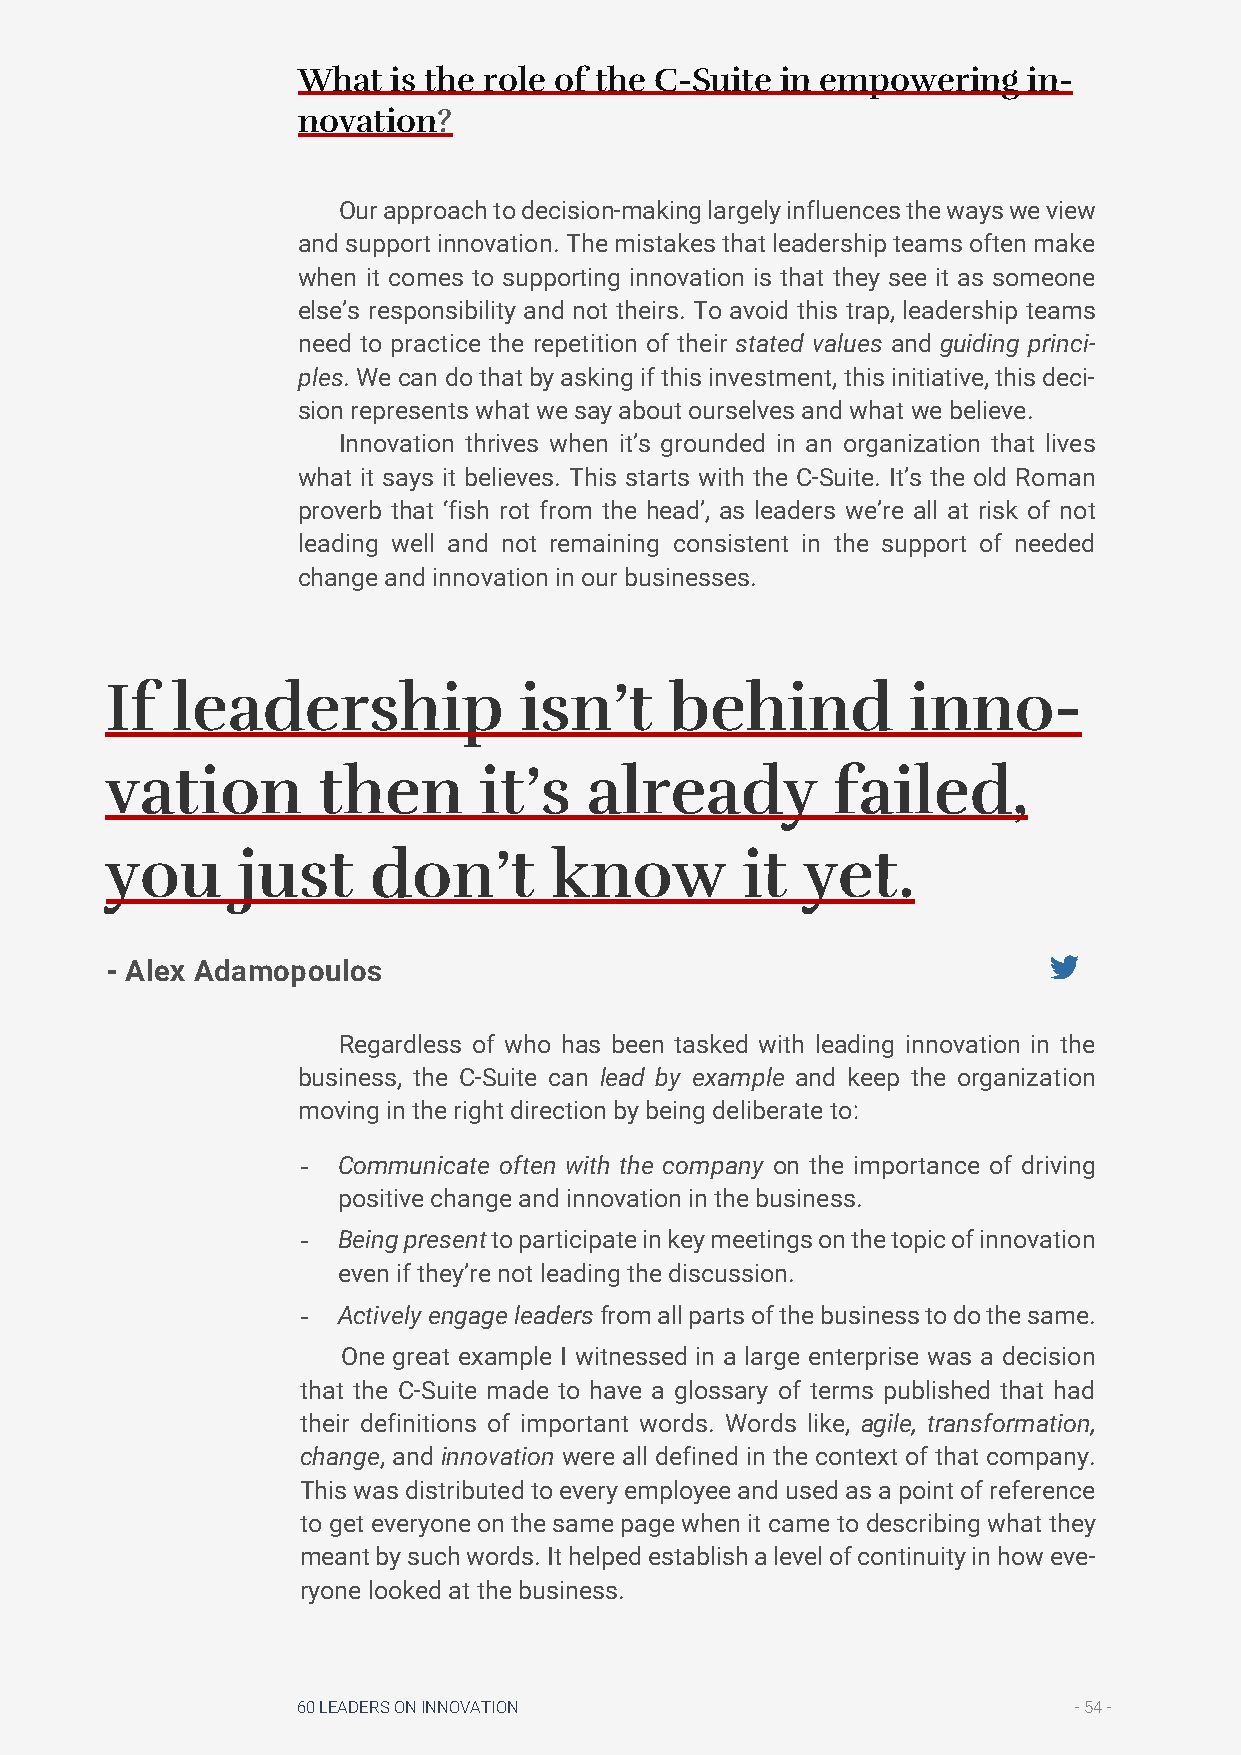
What  is the role of the C-Suite in empowering  in-
 novation?
 Our approach to decision-making largely influences the ways we view
 and support innovation. The mistakes that leadership teams often make
 when it comes to supporting innovation is that they see it as someone
 else’s responsibility and not theirs. To avoid this trap, leadership teams
 need to practice the repetition of their stated values and guiding princi-
 ples. We can do that by asking if this investment, this initiative, this deci-
 sion represents what we say about ourselves and what we believe.
 Innovation thrives when it’s grounded in an organization that lives
 what it says it believes. This starts with the C-Suite. It’s the old Roman
 proverb that ‘fish rot from the head’, as leaders we’re all at risk of not
 leading well and not remaining consistent in the support of needed
 change and innovation in our businesses.
 If  leadership             isn’t     behind          inno-
 vation        then       it’s   already         failed,
 you      just    don’t       know         it  yet.
 - Alex Adamopoulos
 Regardless of who has been tasked with leading innovation in the
 business, the C-Suite can lead by example and keep the organization
 moving in the right direction by being deliberate to:
 - Communicate often with the company on the importance of driving
 positive change and innovation in the business.
 - Being present to participate in key meetings on the topic of innovation
 even if they’re not leading the discussion.
 - Actively engage leaders from all parts of the business to do the same.
 One great example I witnessed in a large enterprise was a decision
 that the C-Suite made to have a glossary of terms published that had
 their definitions of important words. Words like, agile, transformation,
 change, and innovation were all defined in the context of that company.
 This was distributed to every employee and used as a point of reference
 to get everyone on the same page when it came to describing what they
 meant by such words. It helped establish a level of continuity in how eve-
 ryone looked at the business.
 60 LEADERS ON INNOVATION                           - 54 -